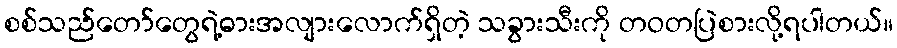
စစ်သည်တော်တွေရဲ့ဓားအလျားလောက်ရှိတဲ့ သခွားသီးကို တဝတပြဲစားလို့ရပါတယ်။